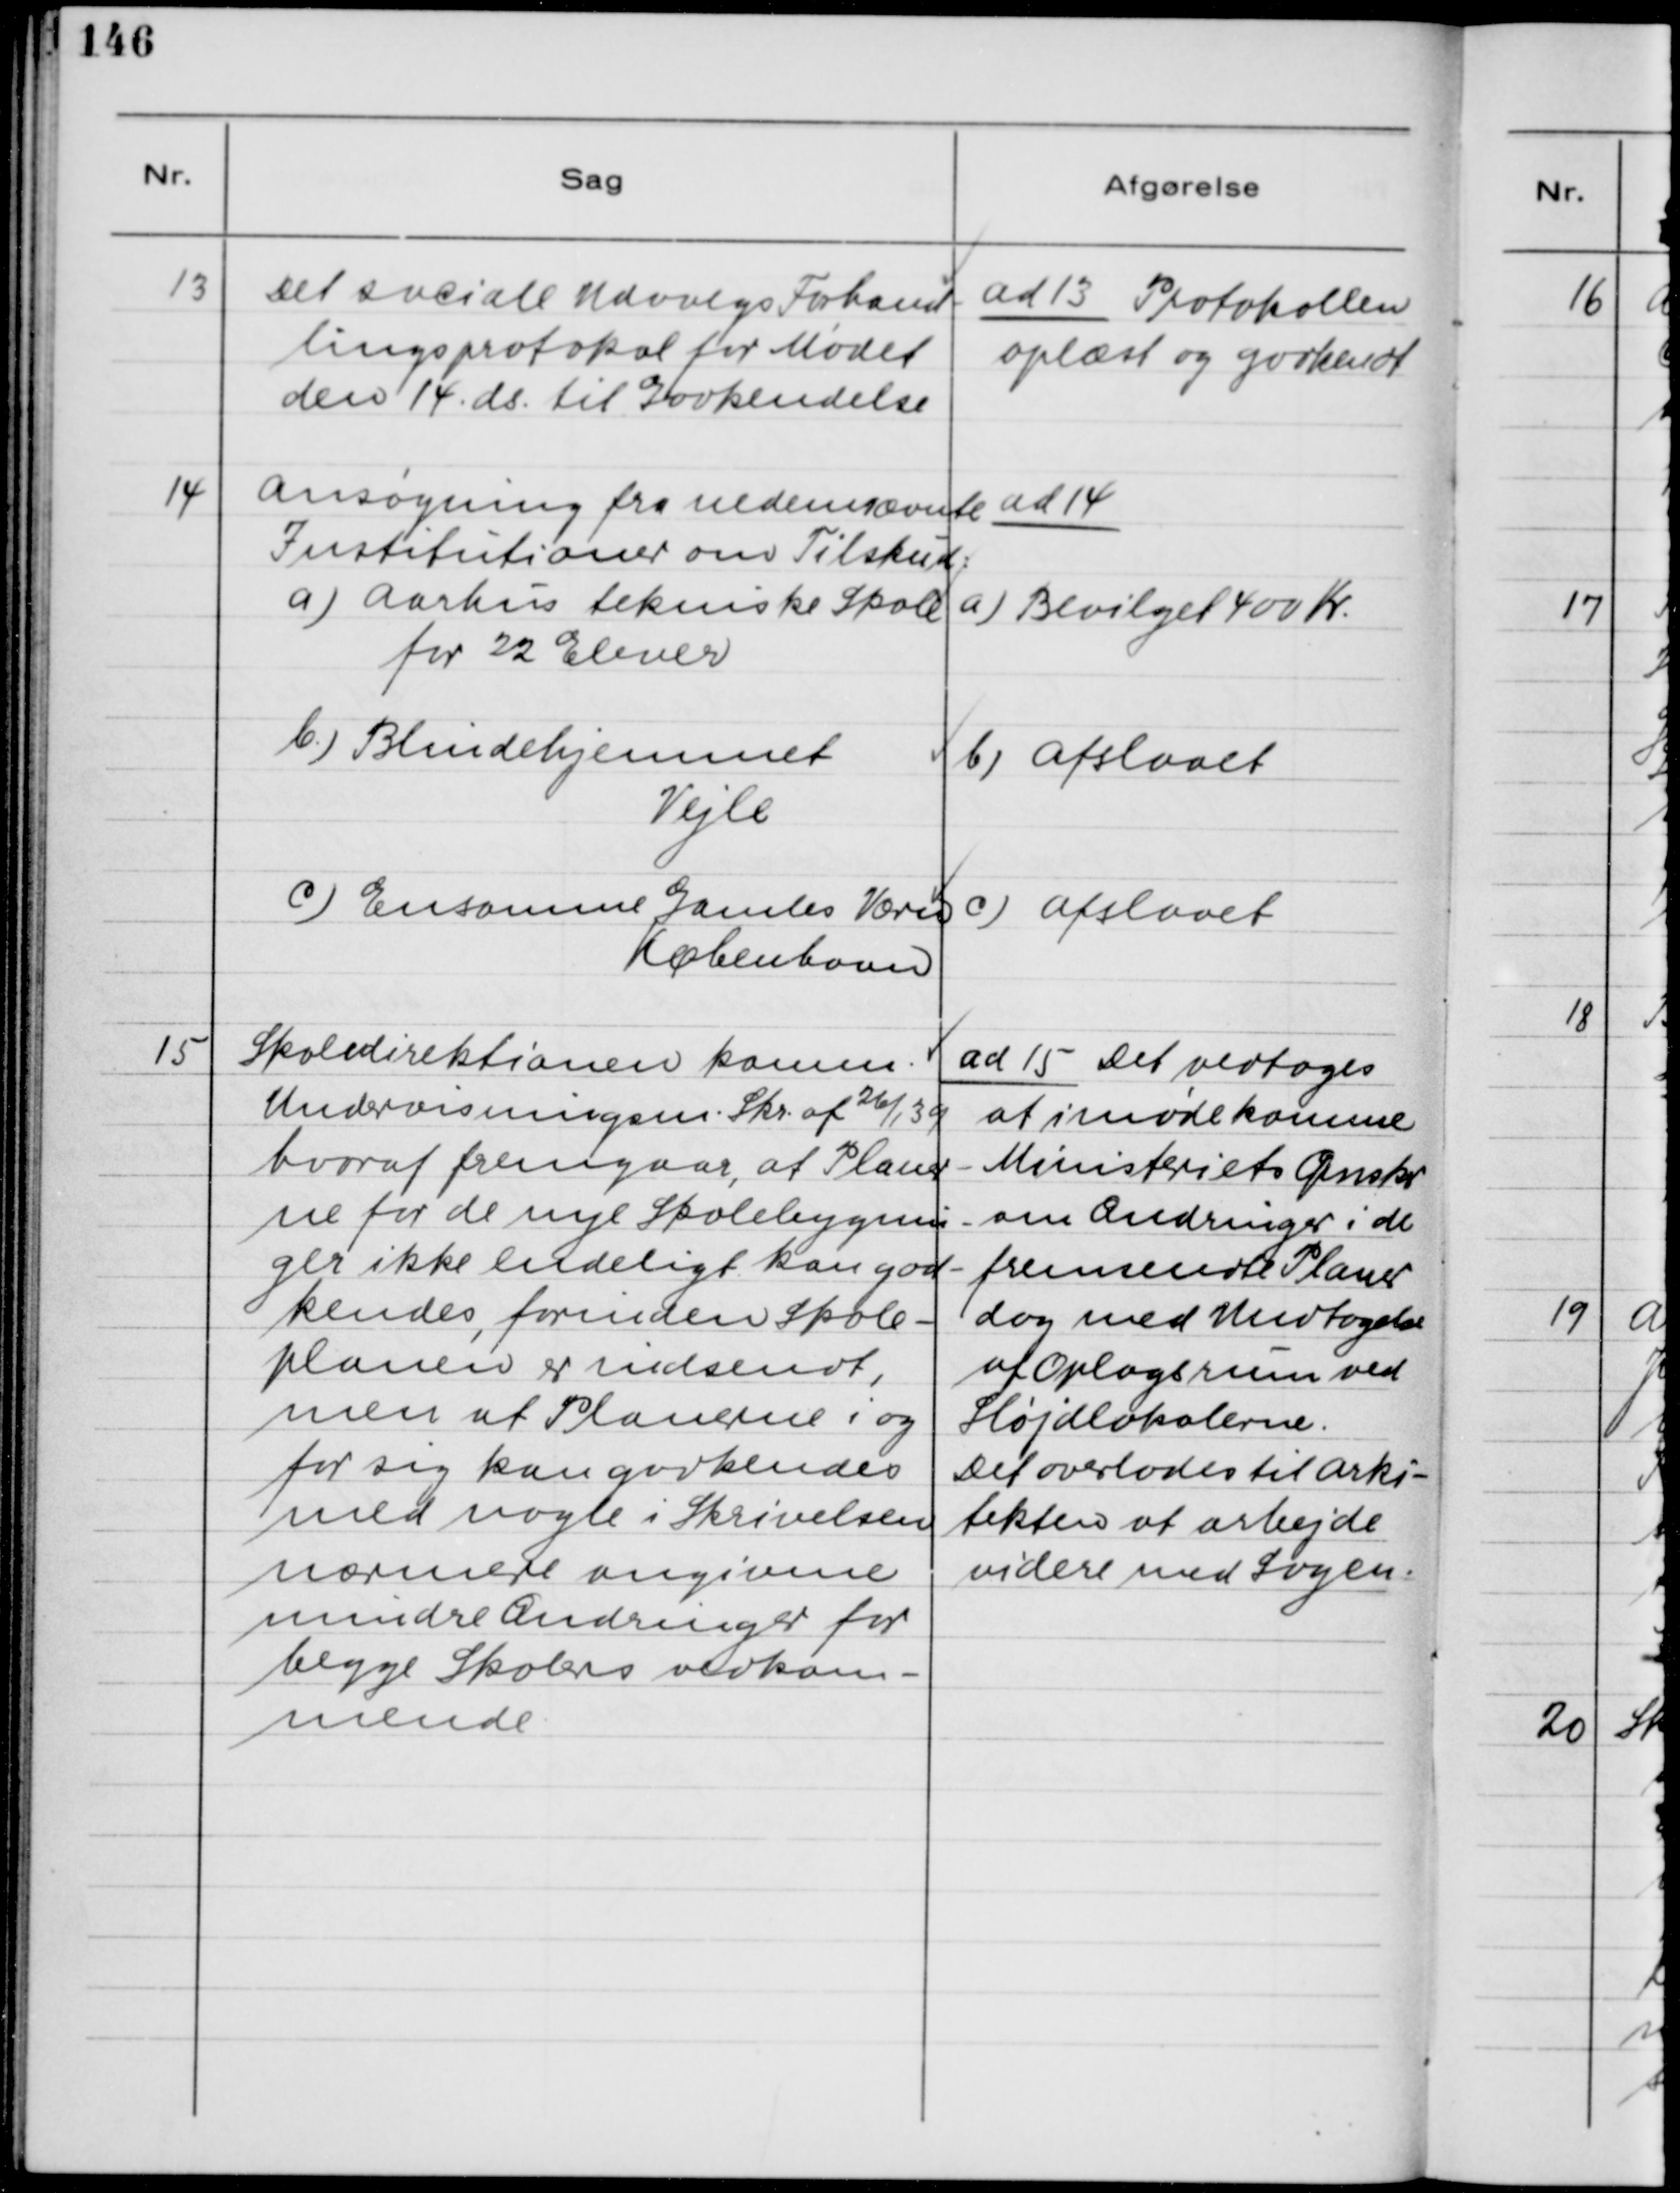
Transskription:
13. Det sociale Udvalgs Forhand-
lingsprotokol for Mødet
den 14. ds. til Godkendelse

ad 13. Protokollen
oplæst og godkendt.

14. Ansøgning fra nedennævnte
Institutioner om Tilskud:
a) Aarhus tekniske Skole
for 22 Elever
b) Blindehjemmet
Vejle
c) Ensomme Gamles Værn
København

ad 14.
a) Bevilget 400 Kr.
b) Afslaaet
c) Afslaaet

15. Skoledirektionen komm.
Undervisningsm. Skr. af 26/1 39
hvoraf fremgaar, at Planer-
ne for de nye Skolebygnin-
ger ikke endeligt kan god-
kendes, forinden Skole-
planen er indsendt,
men at Planerne i og
for sig kan godkendes
med nogle i Skrivelsen
nærmere angivne
mindre Ændringer for
begge Skolers vedkom-
mende.

ad 15. Det vedtoges
at imødekomme
Ministeriets Ønsker
om Ændringer i de
fremsendte Planer
dog med Undtagelse
af Oplagsrum ved
Sløjdlokalerne.
Det overlades til arki-
tekten at arbejde
videre med sagen.